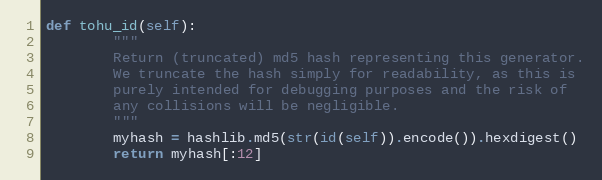
Language: Python
def tohu_id(self):
        """
        Return (truncated) md5 hash representing this generator.
        We truncate the hash simply for readability, as this is
        purely intended for debugging purposes and the risk of
        any collisions will be negligible.
        """
        myhash = hashlib.md5(str(id(self)).encode()).hexdigest()
        return myhash[:12]